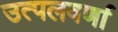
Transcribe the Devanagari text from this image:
उत्पलवर्णा